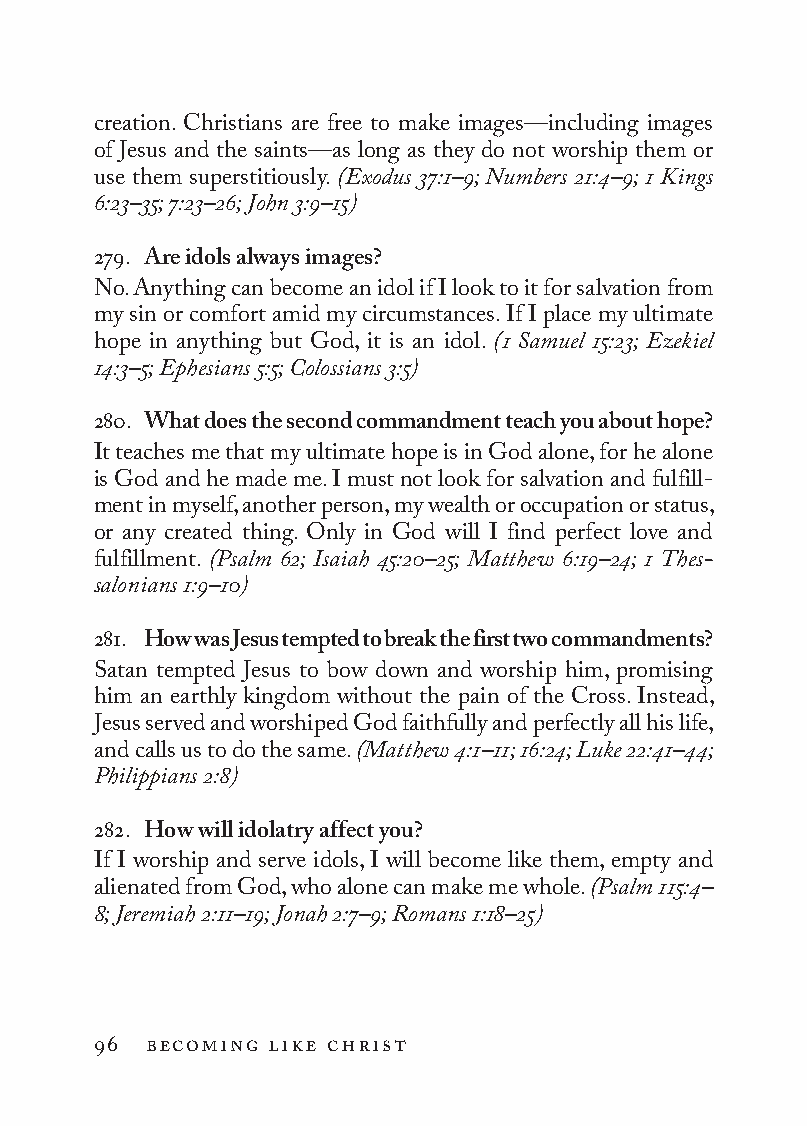
creation. Christians are free to make images—including images
 of Jesus and the saints—as long as they do not worship them or
 use them superstitiously. (Exodus 37:1–9; Numbers 21:4–9; 1 Kings
 6:23–35; 7:23–26; John 3:9–15)
 279. Are idols always images?
 No. Anything can become an idol if I look to it for salvation from
 my sin or comfort amid my circumstances. If I place my ultimate
 hope in anything but God, it is an idol. (1 Samuel 15:23; Ezekiel
 14:3–5; Ephesians 5:5; Colossians 3:5)
 280. What does the second commandment teach you about hope?
 It teaches me that my ultimate hope is in God alone, for he alone
 is God and he made me. I must not look for salvation and fulfill-
 ment in myself, another person, my wealth or occupation or status,
 or any created thing. Only in God will I find perfect love and
 fulfillment. (Psalm 62; Isaiah 45:20–25; Matthew 6:19–24; 1 Thes­
 salonians 1:9–10)
 281. How was Jesus tempted to break the first two commandments?
 Satan tempted Jesus to bow down and worship him, promising
 him an earthly kingdom without the pain of the Cross. Instead,
 Jesus served and worshiped God faithfully and perfectly all his life,
 and calls us to do the same. (Matthew 4:1–11; 16:24; Luke 22:41–44;
 Philippians 2:8)
 282. How will idolatry affect you?
 If I worship and serve idols, I will become like them, empty and
 alienated from God, who alone can make me whole. (Psalm 115:4–
 8; Jeremiah 2:11–19; Jonah 2:7–9; Romans 1:18–25)
 96 becoming like christ
 To be a Christian.566776.int.indd 96        11/13/19 1:31 PM